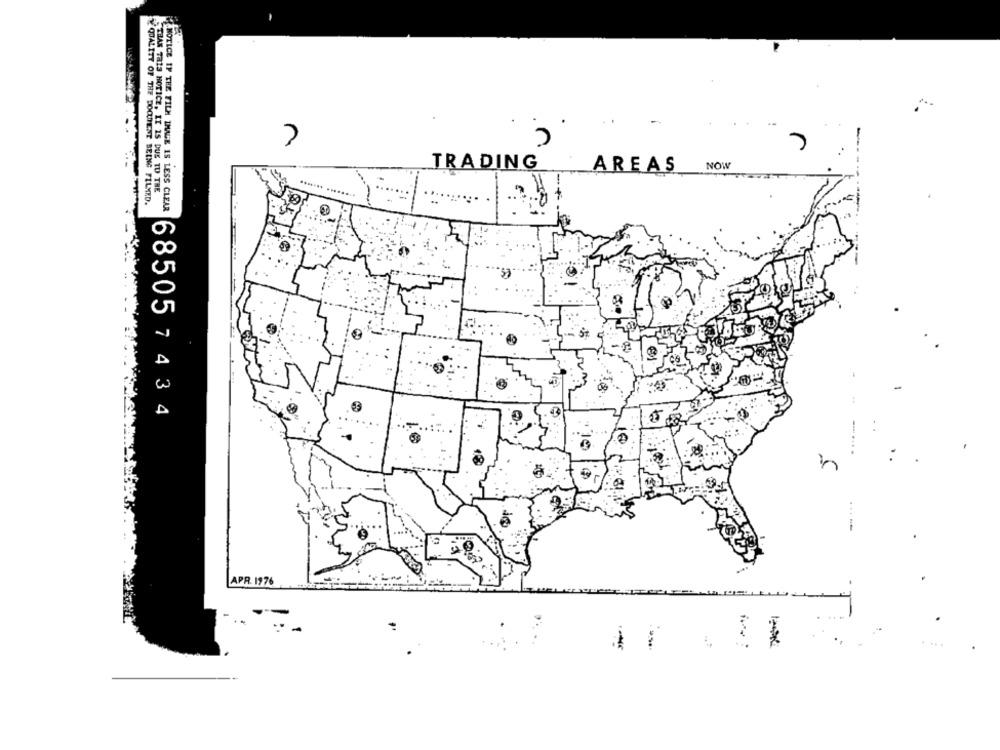
7
TRADING
NOW
AREAS
THAN THIS NOTICE, IT IS DUS TU THE
V' QUALITY OF THE DOCUMENT BEING FILMED.
NOTICE IF THE FILM IHALE IS LESS CLEAR
68505 7 4 34
APR. 1976
4
..